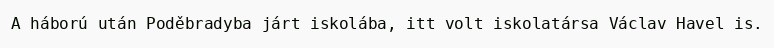
A háború után Poděbradyba járt iskolába, itt volt iskolatársa Václav Havel is.